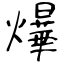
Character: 爗